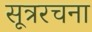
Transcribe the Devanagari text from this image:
सूत्ररचना